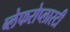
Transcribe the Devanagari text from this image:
ब्लेफरोप्लास्टी